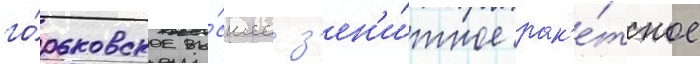
го́рьковское вы́сшее з'ен'и́тное рак'е́тное